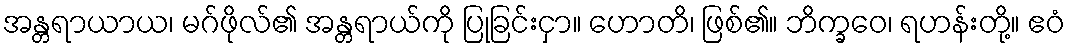
အန္တရာယာယ၊ မဂ်ဖိုလ်၏ အန္တရာယ်ကို ပြုခြင်းငှာ။ ဟောတိ၊ ဖြစ်၏။ ဘိက္ခဝေ၊ ရဟန်းတို့။ ဧဝံ